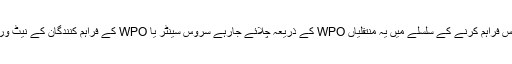
آپ کے ذریعہ درخواست کردہ سروس فراہم کرنے کے سلسلے میں یہ منتقلیاں WPO کے ذریعہ چلائے جارہے سروس سینٹر یا WPO کے فراہم کنندگان کے نیٹ ورک میں کسی ایک کو کی جائیں گی۔